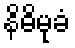
နိဓိမုခံ